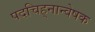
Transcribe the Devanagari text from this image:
पदचिह्‌नान्वेषक